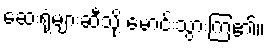
ဆေးရုံများဆီသို့ မောင်းသွားကြ၏။